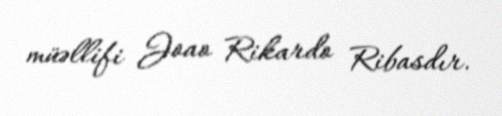
müəllifi Joao Rikardo Ribasdır.